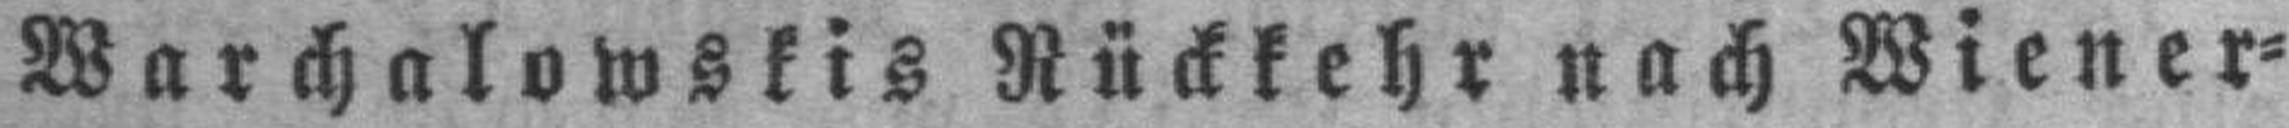
Warchalowskis Rückkehr nach Wiener=